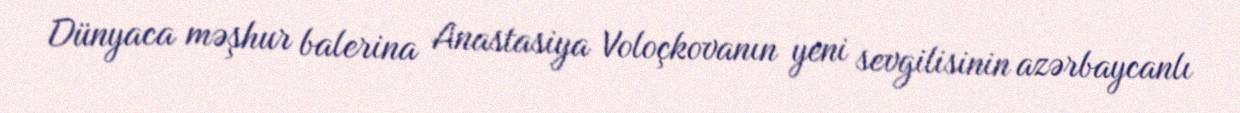
Dünyaca məşhur balerina Anastasiya Voloçkovanın yeni sevgilisinin azərbaycanlı